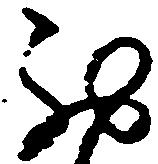
西